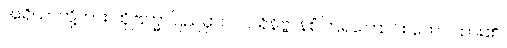
အရိယာတို့ကား ထိုဗြဟ္မာပြည်မှာပင် ပရိနိဗ္ဗာန်စံကြရကြောင်း ဟော ထား၏။